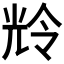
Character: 𫤚